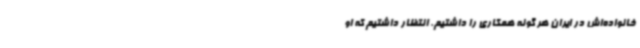
خانواده‌اش در ایران هر گونه همکاری را داشتیم. انتظار داشتیم که او